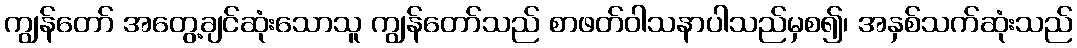
ကျွန်တော် အတွေ့ချင်ဆုံးသောသူ ကျွန်တော်သည် စာဖတ်ဝါသနာပါသည်မှစ၍၊ အနှစ်သက်ဆုံးသည်